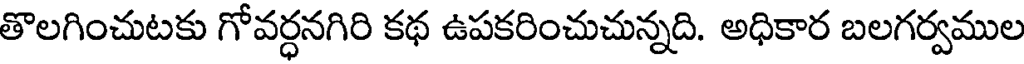
తొలగించుటకు గోవర్ధనగిరి కథ ఉపకరించుచున్నది. అధికార బలగర్వముల